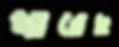
খারেছ